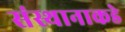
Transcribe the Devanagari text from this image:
संस्थानाकडे